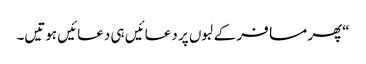
“پھر مسافر کے لبوں پر دعائیں ہی دعائیں ہوتیں۔